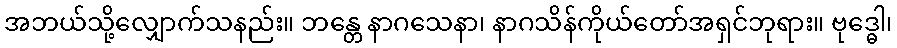
အဘယ်သို့လျှောက်သနည်း။ ဘန္တေ နာဂသေနာ၊ နာဂသိန်ကိုယ်တော်အရှင်ဘုရား။ ဗုဒ္ဓေါ၊